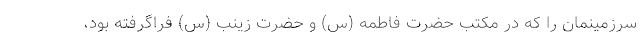
سرزمینمان را که در مکتب حضرت فاطمه (س) و حضرت زینب (س) فراگرفته بود،